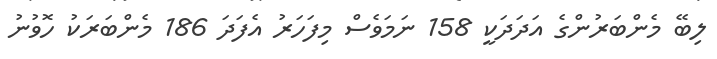
ލިބޭ މެންބަރުންގެ އަދަދަކީ 158 ނަމަވެސް މިފަހަރު އެފަދަ 186 މެންބަރަކު ހޮވުނު